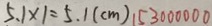
5 . 1 \times 1 = 5 . 1 ( c m ) 1 5 3 0 0 0 0 0 0